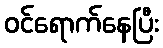
ဝင်ရောက်နေပြီး